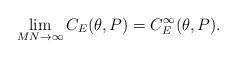
LaTeX: \begin{align*}\lim_{MN \to \infty} C_E(\theta,P) = C_E^{\infty} (\theta,P).\end{align*}